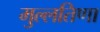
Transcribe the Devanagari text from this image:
मुल्लतिणा